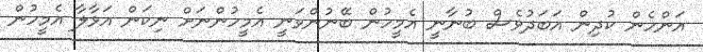
އަންހެން ކުދިން އަބަދުވެސް ބުނާނީ އެމީހުން ބޭނުންވަނީ އެމީހުންނަށް ނިކަން އަޅާލާ އެމީހުން